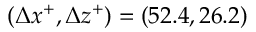
( \Delta x ^ { + } , \Delta z ^ { + } ) = ( 5 2 . 4 , 2 6 . 2 )